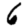
Digit: 6